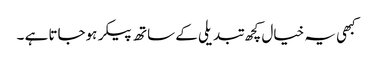
کبھی یہ خیال کچھ تبدیلی کے ساتھ پیکر ہوجاتا ہے ۔